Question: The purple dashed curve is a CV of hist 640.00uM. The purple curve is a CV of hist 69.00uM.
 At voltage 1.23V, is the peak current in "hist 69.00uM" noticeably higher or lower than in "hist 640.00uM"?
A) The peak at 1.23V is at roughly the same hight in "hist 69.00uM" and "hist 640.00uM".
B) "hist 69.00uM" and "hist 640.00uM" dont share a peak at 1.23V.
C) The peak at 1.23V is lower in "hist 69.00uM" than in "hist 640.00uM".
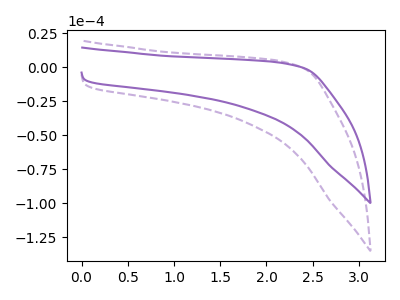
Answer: <think>The purple dashed curve "hist 640.00uM" has no peaks. The purple curve "hist 69.00uM" has no peaks.</think>
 <answer>B) "hist 69.00uM" and "hist 640.00uM" dont share a peak at 1.23V.</answer>
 <eval>B</eval>